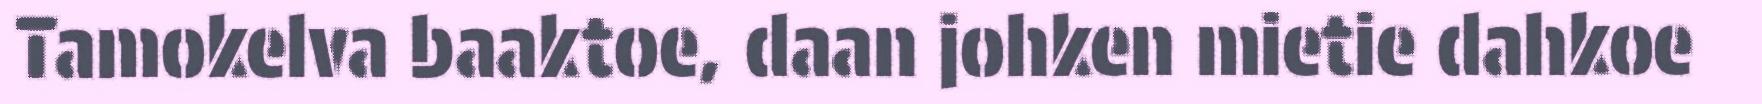
Tamokelva baaktoe, daan johken mietie dahkoe